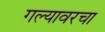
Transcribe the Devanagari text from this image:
गल्यावरचा